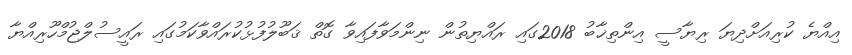
އިއްޔެ ކުރިއަށްދިޔަ ރިޔާސީ އިންތިޚާބު 2018ގައި ރައްޔިތުން ނިންމަވާފައިވާ ގޮތް ޤަބޫލުފުޅުކުރައްވާކަމުގައި ރައީސުލްޖުމްހޫރިއްޔާ